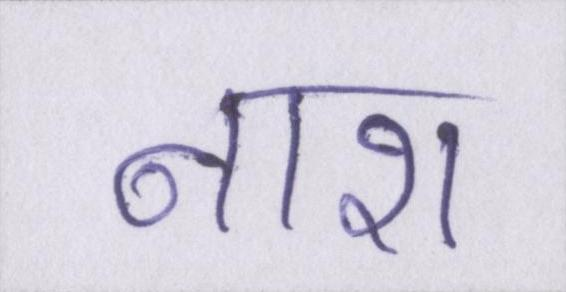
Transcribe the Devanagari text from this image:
नाश